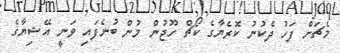
މެޗަށް ފަހު ދެކުނު ކޮރެޔާގެ ކޯޗް ހޫޖުން މުން ބުނެފައި ވަނީ އޭޝިޔާގެ